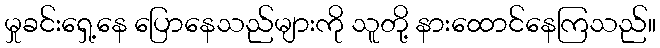
မှုခင်းရှေ့နေ ပြောနေသည်များကို သူတို့ နားထောင်နေကြသည်။